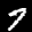
Label: 7